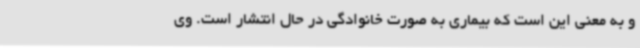
و به معنی این است که بیماری به صورت خانوادگی در حال انتشار است. وی